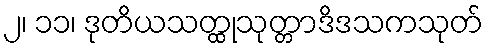
၂၊ ၁၁၊ ဒုတိယသတ္ထုသုတ္တာဒိဒသကသုတ်